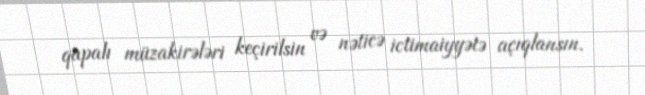
qapalı müzakirələri keçirilsin və nəticə ictimaiyyətə açıqlansın.